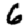
Digit: 6